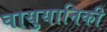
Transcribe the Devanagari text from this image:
वायुयानिकी